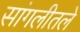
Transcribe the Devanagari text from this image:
सांगलीतले